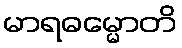
မာရဓမ္မောတိ